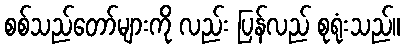
စစ်သည်တော်များကို လည်း ပြန်လည် စုရုံးသည်။